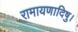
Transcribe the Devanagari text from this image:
रामायणादिषु।